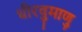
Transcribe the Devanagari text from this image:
धीरवुमाणु